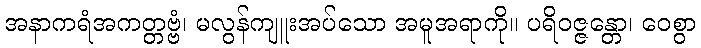
အနာကရံအကတ္တဗ္ဗံ၊ မလွန်ကျူးအပ်သော အမူအရာကို။ ပရိဝဇ္ဇန္တော၊ ဝေစွာ